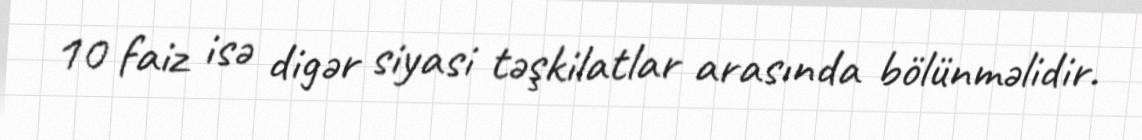
10 faiz isə digər siyasi təşkilatlar arasında bölünməlidir.